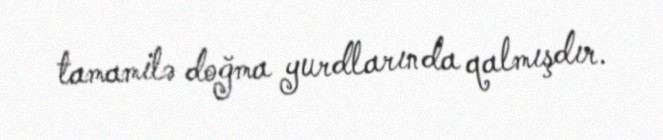
tamamilə doğma yurdlarında qalmışdır.